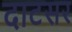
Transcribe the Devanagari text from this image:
दाटसर